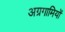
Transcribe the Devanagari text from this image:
अग्रगामियों